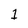
Character: 1